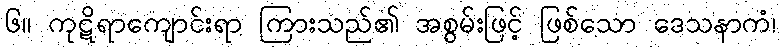
၆။ ကုဋိရာကျောင်းရာ ကြားသည်၏ အစွမ်းဖြင့် ဖြစ်သော ဒေသနာကံ၊